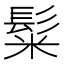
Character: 𩭄